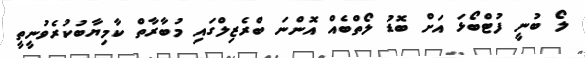
ލޯ ބުނީ ފުޓްބޯޅަ އަށް ބޮޑު ލޯތްބެއް އޮންނަ ބްރެޒިލްގައި މުބާރާތް ކާމިޔާބުކުރެވުނީތީ